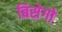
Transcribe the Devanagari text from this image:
बिसेगो